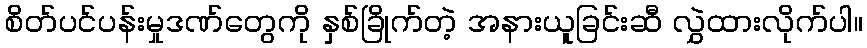
စိတ်ပင်ပန်းမှုဒဏ်တွေကို နှစ်ခြိုက်တဲ့ အနားယူခြင်းဆီ လွှဲထားလိုက်ပါ။